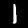
Label: 1